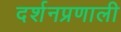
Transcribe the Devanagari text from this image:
दर्शनप्रणाली